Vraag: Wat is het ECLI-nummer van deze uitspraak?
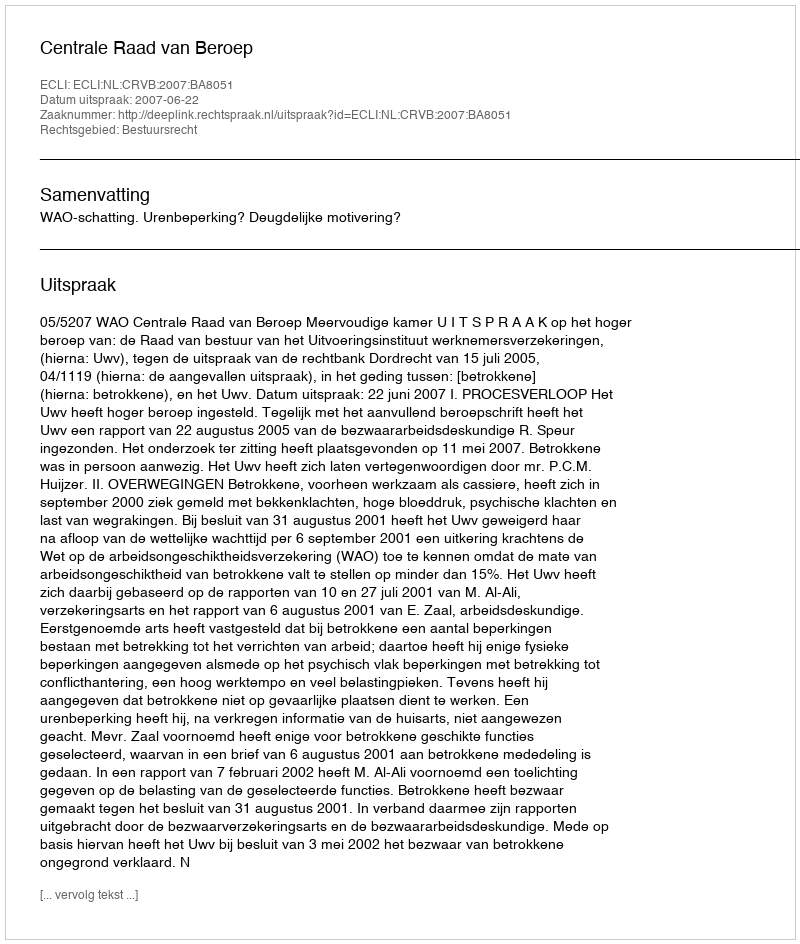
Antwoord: ECLI:NL:CRVB:2007:BA8051